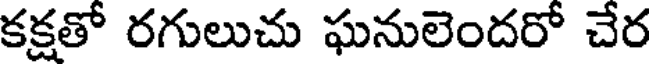
కక్షతో రగులుచు ఘనులెందరో చేర